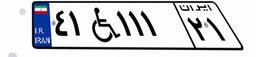
۴۱W۱۱۱۲۱